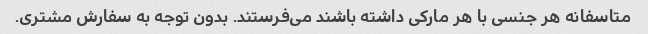
متاسفانه هر جنسی با هر مارکی داشته باشند می‌فرستند. بدون توجه به سفارش مشتری.